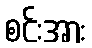
စင်းအား